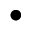
\bullet